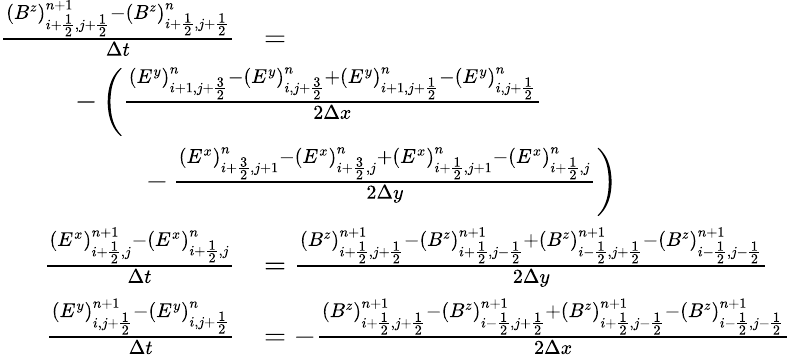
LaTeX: \begin{array}{rl}{\frac{(B^{z})_{i+\frac 12,j+\frac 12}^{n+1}-(B^{z})_{i+\frac 12,j+\frac 12}^{n}}{\Delta t}}&{=}\\ &{\! \! \! \! \! \! \! \! \! \! \! \! \! \! \! \! \! \! \! \! \! \! \! \! \! \! \! \! \! \! \! \! \! \! \! \! \! \! \! \! -\left(\frac{(E^{y})_{i+1,j+\frac 32}^{n}-(E^{y})_{i,j+\frac 32}^{n}+(E^{y})_{i+1,j+\frac 12}^{n}-(E^{y})_{i,j+\frac 12}^{n}}{2\Delta x}\right.}\\ &{\! \! \! \! \! \! \! \! \! \! \! \! \! \! \! \! \! \! \! \! \! \! \! \! \! -\left.\frac{(E^{x})_{i+\frac 32,j+1}^{n}-(E^{x})_{i+\frac 32,j}^{n}+(E^{x})_{i+\frac 12,j+1}^{n}-(E^{x})_{i+\frac 12,j}^{n}}{2\Delta y}\right)}\\ {\frac{(E^{x})_{i+\frac 12,j}^{n+1}-(E^{x})_{i+\frac 12,j}^{n}}{\Delta t}}&{=\frac{(B^{z})_{i+\frac 12,j+\frac 12}^{n+1}-(B^{z})_{i+\frac 12,j-\frac 12}^{n+1}+(B^{z})_{i-\frac 12,j+\frac 12}^{n+1}-(B^{z})_{i-\frac 12,j-\frac 12}^{n+1}}{2\Delta y}}\\ {\frac{(E^{y})_{i,j+\frac 12}^{n+1}-(E^{y})_{i,j+\frac 12}^{n}}{\Delta t}}&{=-\frac{(B^{z})_{i+\frac 12,j+\frac 12}^{n+1}-(B^{z})_{i-\frac 12,j+\frac 12}^{n+1}+(B^{z})_{i+\frac 12,j-\frac 12}^{n+1}-(B^{z})_{i-\frac 12,j-\frac 12}^{n+1}}{2\Delta x}}\end{array}